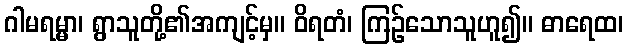
ဂါမရမ္မာ၊ ရွာသူတို့၏အကျင့်မှ။ ဝိရတံ၊ ကြဉ်သောသူဟူ၍။ ဓာရေထ၊